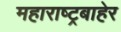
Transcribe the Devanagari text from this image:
महाराष्ट्रबाहेर